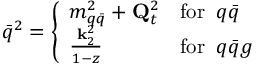
\bar { q } ^ { 2 } = \left\{ \begin{array} { l l } { { m _ { q \bar { q } } ^ { 2 } + { \bf Q } _ { t } ^ { 2 } } } & { { \mathrm { f o r } \; \; q \bar { q } } } \\ { { \frac { { \bf k } _ { 2 } ^ { 2 } } { 1 - z } } } & { { \mathrm { f o r } \; \; q \bar { q } g } } \end{array} \right.